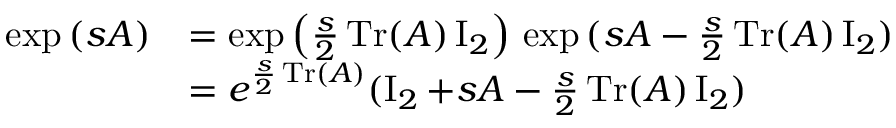
\begin{array} { r l } { \exp { ( s A ) } } & { = \exp { \left( \frac { s } { 2 } \operatorname { T r } ( A ) \operatorname { I } _ { 2 } \right) } \, \exp { ( s A - \frac { s } { 2 } \operatorname { T r } ( A ) \operatorname { I } _ { 2 } ) } } \\ & { = e ^ { \frac { s } { 2 } \operatorname { T r } ( A ) } ( \operatorname { I } _ { 2 } + s A - \frac { s } { 2 } \operatorname { T r } ( A ) \operatorname { I } _ { 2 } ) } \end{array}